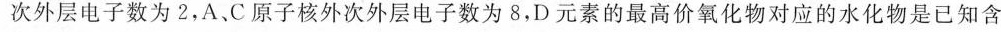
次外层电子数为2，A、C原子核外次外层电子数为8，D元素的最高价氧化物对应的水化物是已知含